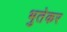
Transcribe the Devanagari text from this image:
भुतेकर